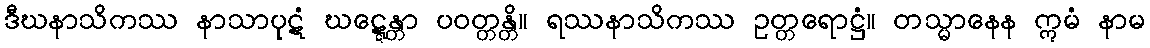
ဒီဃနာသိကဿ နာသာပုဋံ ဃဋ္ဋေန္တာ ပဝတ္တန္တိ။ ရဿနာသိကဿ ဥတ္တရောဋ္ဌံ။ တသ္မာနေန ဣမံ နာမ